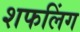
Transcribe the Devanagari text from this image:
शफलिंग